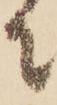
に